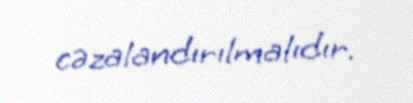
cəzalandırılmalıdır.